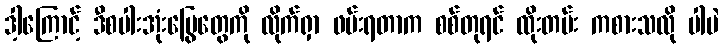
ဒါ့ကြောင့် ဒီစပါးအုံးမြွေတွေကို လိုက်ရှာ ဖမ်းရတာက စစ်တုရင် ထိုးတမ်း ကစားသလို ပါပဲ